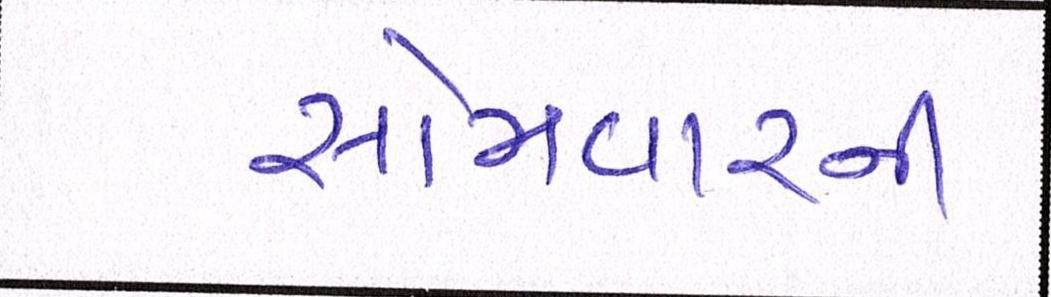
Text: સોમવારની